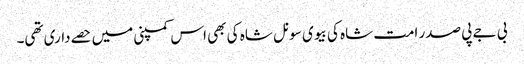
بی جے پی صدر امت شاہ کی بیوی سونل شاہ کی بھی اس کمپنی میں حصےداری تھی۔